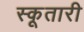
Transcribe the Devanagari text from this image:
स्कूतारी